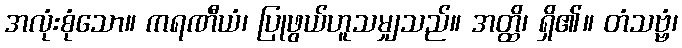
အလုံးစုံသော။ ကရဏီယံ၊ ပြုဖွယ်ဟူသမျှသည်။ အတ္ထိ၊ ရှိ၏။ တံသဗ္ဗံ၊